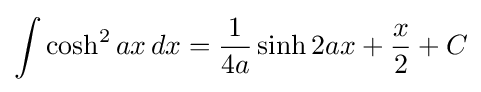
\int \cosh ^{2}ax\,dx={\frac {1}{4a}}\sinh 2ax+{\frac {x}{2}}+C